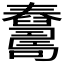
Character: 𦦺